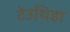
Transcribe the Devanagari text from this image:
टेउथिडा